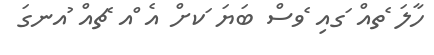
ހާލަ ެތއް ަގއި ެވސް ބަޔަ ަކށް އެ ްއ ެޗއް ުއނގަ